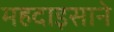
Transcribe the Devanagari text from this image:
महदाइसाने